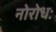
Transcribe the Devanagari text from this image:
नोरोधः